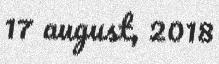
17 august, 2018